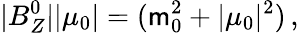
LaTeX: |B_{Z}^{0}||\mu_{0}|=(\mathsf{m}_{0}^{2}+|\mu_{0}|^{2})\, ,